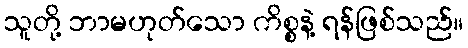
သူတို့ ဘာမဟုတ်သော ကိစ္စနဲ့ ရန်ဖြစ်သည်။